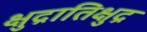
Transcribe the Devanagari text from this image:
क्षुद्रातिक्षुद्र